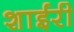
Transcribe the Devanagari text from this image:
शाईरी